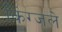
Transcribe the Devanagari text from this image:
किंग्जले